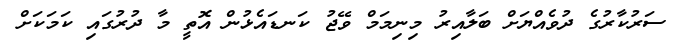
ސަރުކާރުގެ ދުވެއްްޔަށް ބަލާއިރު މިނިމަމް ވޭޖު ކަނޑައެޅުން އޮތީ މާ ދުރުގައި ކަމަކަށް